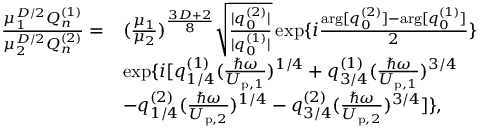
\begin{array} { r l } { \frac { \mu _ { 1 } ^ { D / 2 } Q _ { n } ^ { ( 1 ) } } { \mu _ { 2 } ^ { D / 2 } Q _ { n } ^ { ( 2 ) } } = } & { ( \frac { \mu _ { 1 } } { \mu _ { 2 } } ) ^ { \frac { 3 D + 2 } { 8 } } \sqrt { \frac { | q _ { 0 } ^ { ( 2 ) } | } { | q _ { 0 } ^ { ( 1 ) } | } } \exp \{ i \frac { \arg [ q _ { 0 } ^ { ( 2 ) } ] - \arg [ q _ { 0 } ^ { ( 1 ) } ] } { 2 } \} } \\ & { \exp \{ i [ q _ { 1 / 4 } ^ { ( 1 ) } ( \frac { \hbar \omega } { U _ { \mathrm { p } , 1 } } ) ^ { 1 / 4 } + q _ { 3 / 4 } ^ { ( 1 ) } ( \frac { \hbar \omega } { U _ { \mathrm { p } , 1 } } ) ^ { 3 / 4 } } \\ & { - q _ { 1 / 4 } ^ { ( 2 ) } ( \frac { \hbar \omega } { U _ { \mathrm { p } , 2 } } ) ^ { 1 / 4 } - q _ { 3 / 4 } ^ { ( 2 ) } ( \frac { \hbar \omega } { U _ { \mathrm { p } , 2 } } ) ^ { 3 / 4 } ] \} , } \end{array}